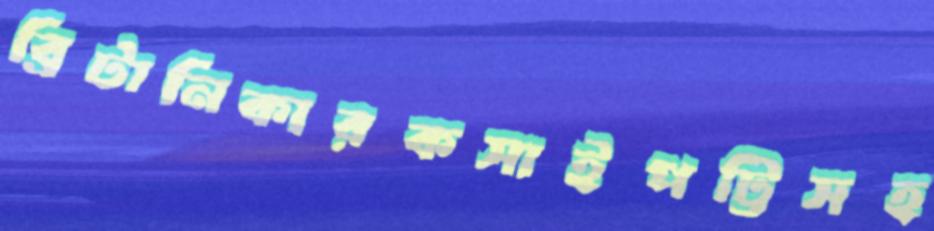
ব্রিটানিকারকসাইপট্টিসহ